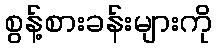
စွန့်စားခန်းများကို